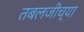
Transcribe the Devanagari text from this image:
तबलजीच्या